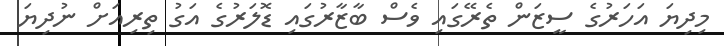
މިދިޔަ އަހަރުގެ ސީޒަން ތެރޭގައި ވެސް ބާޒާރުގައި ޑޮލަރުގެ އަގު ތިރިއަށް ނުދިޔަ